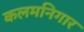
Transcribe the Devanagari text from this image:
कलमनिगार